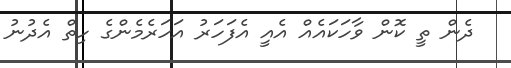
ދެން ތީ ކޮން ވާހަކައެއް އެއީ އެފަހަރު އަހަރެމެންގެ ހިތް އެދުނު